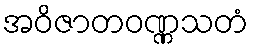
အဝိဇာတဝဏ္ဏသတံ